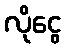
လိုငွေ